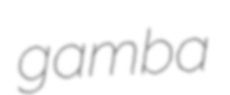
gamba